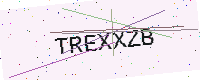
Text: TREXXZB